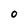
Character: 0